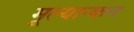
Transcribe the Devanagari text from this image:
मूल्यान्कन